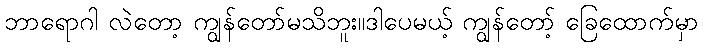
ဘာရောဂါ လဲတော့ ကျွန်တော်မသိဘူး။ဒါပေမယ့် ကျွန်တော့် ခြေထောက်မှာ